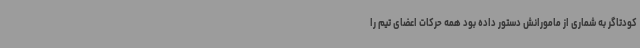
کودتاگر به شماری از مامورانش دستور داده بود همه حرکات اعضای تیم را